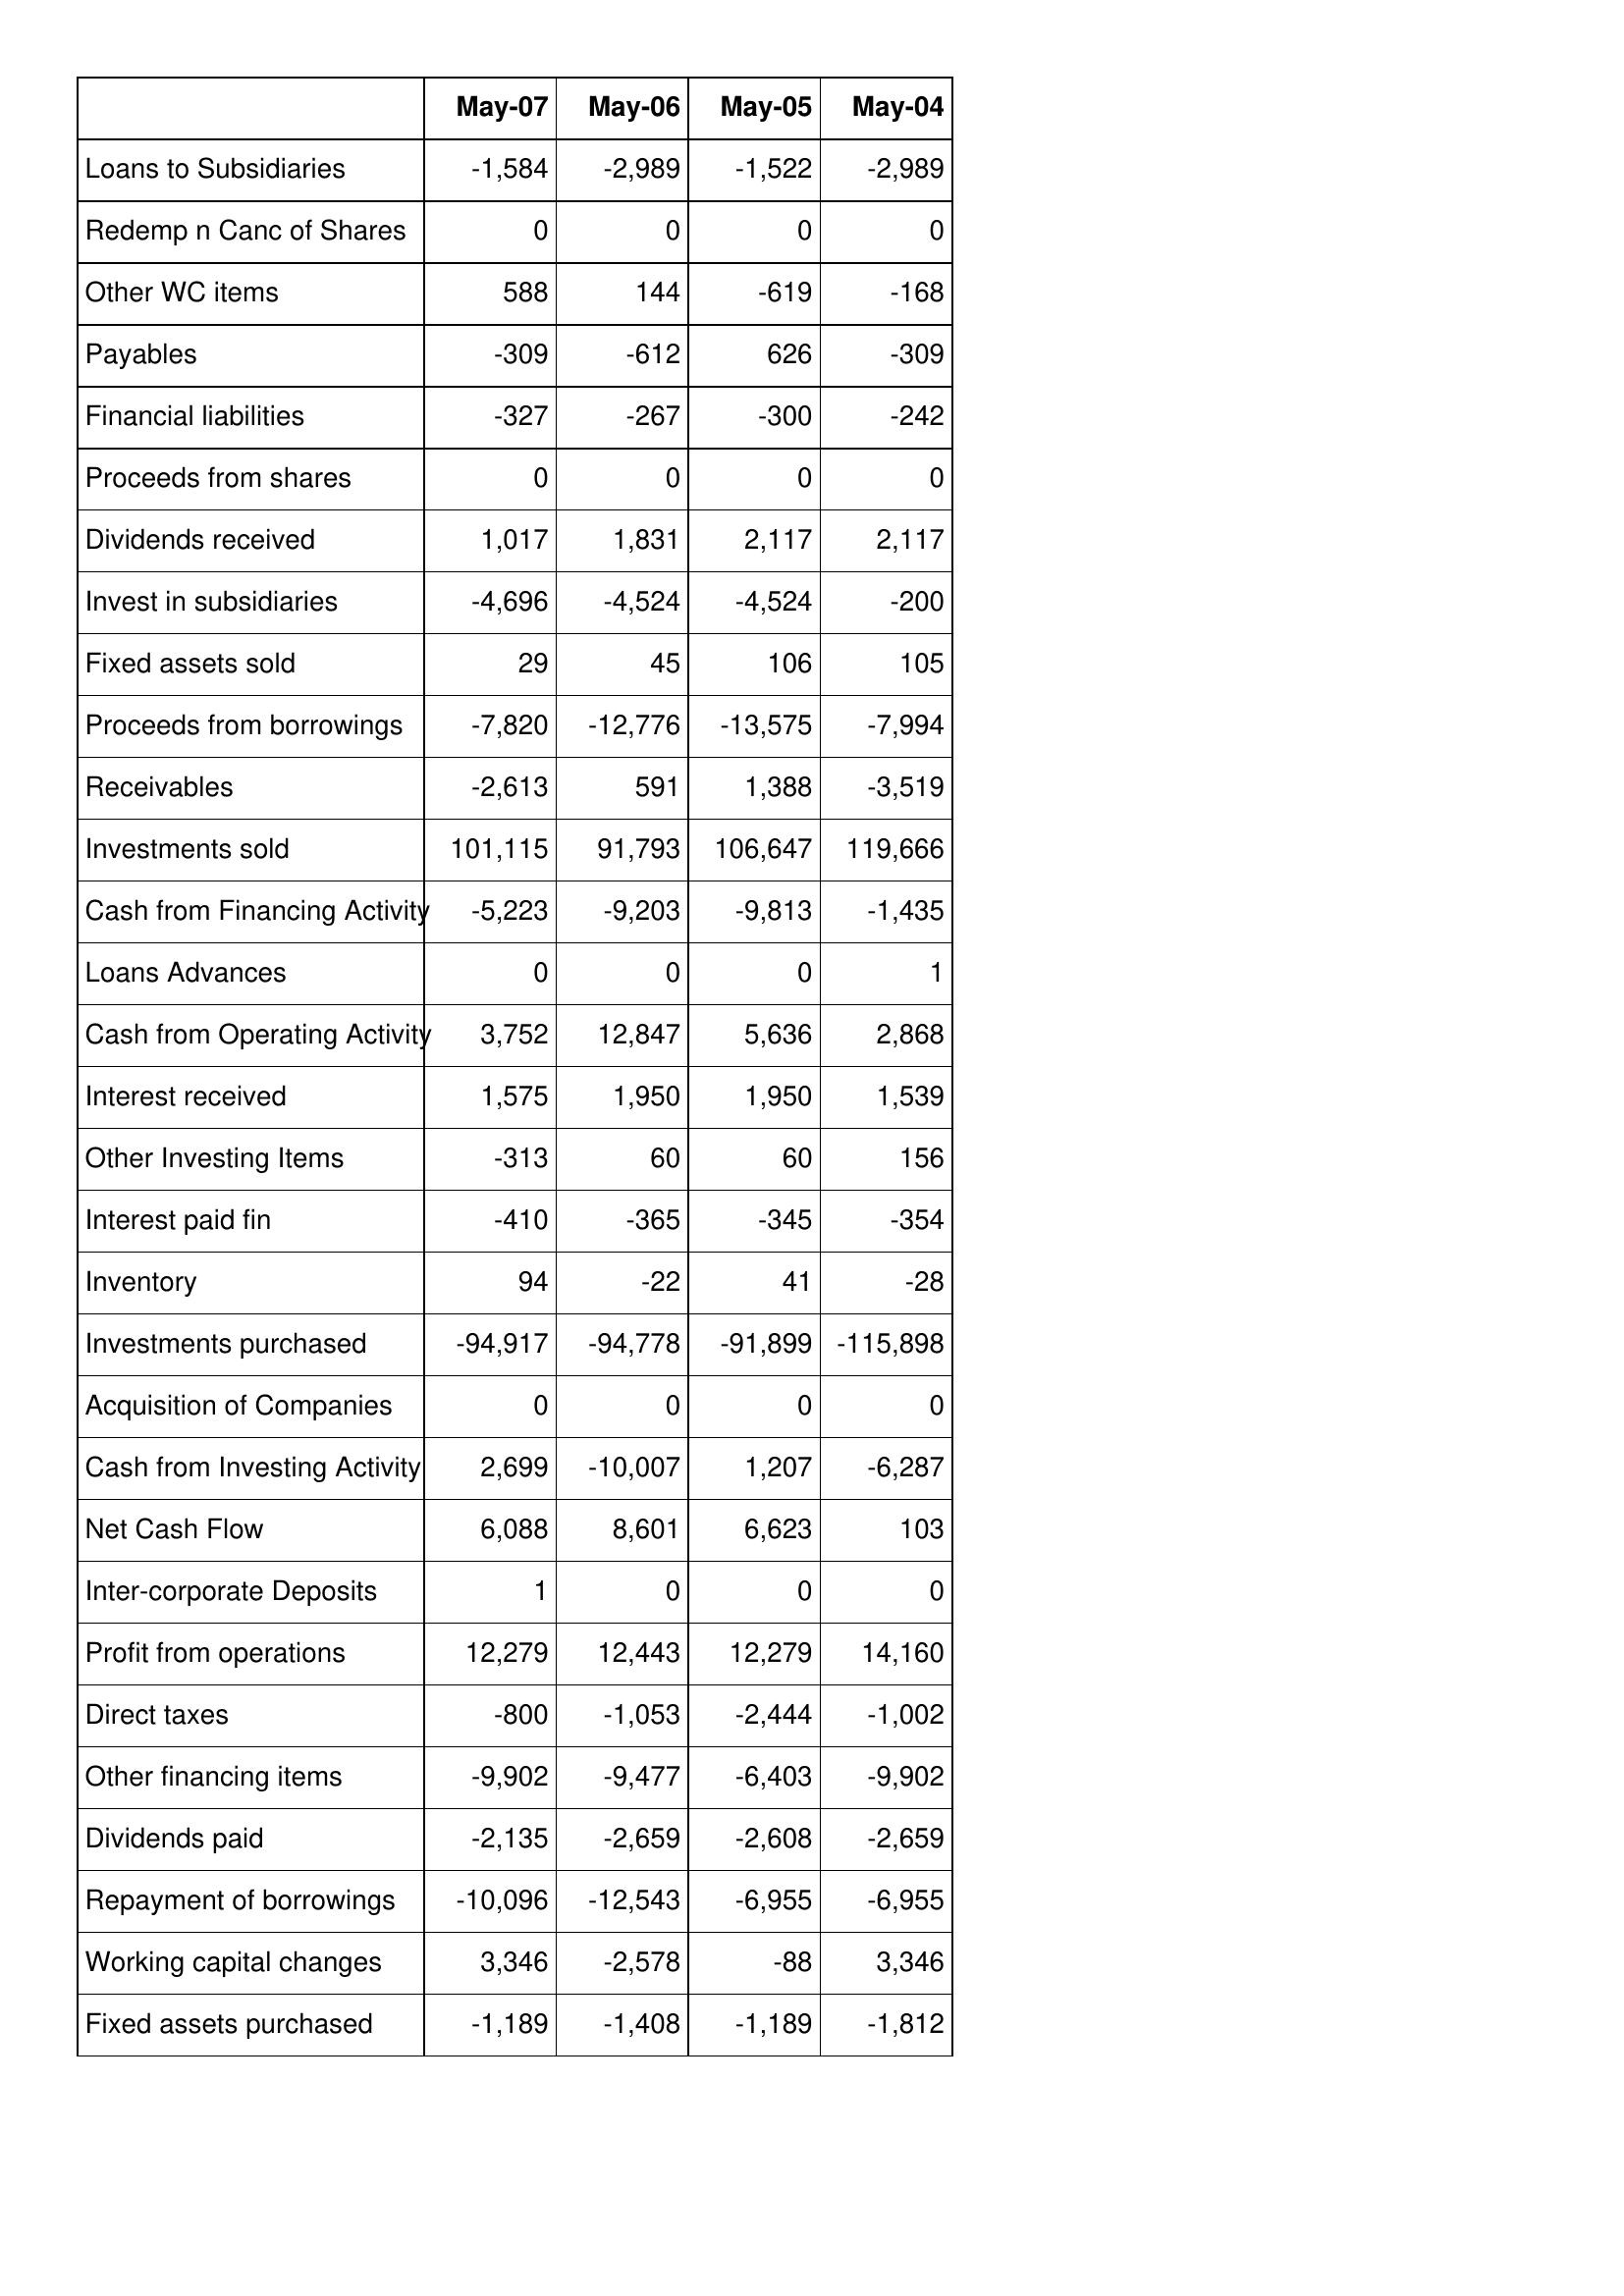
May-07: Cash Flows: Loans to Subsidiaries: -1,584
Redemp n Canc of Shares: 0
Other WC items: 588
Payables: -309
Financial liabilities: -327
Proceeds from shares: 0
Dividends received: 1,017
Invest in subsidiaries: -4,696
Fixed assets sold: 29
Proceeds from borrowings: -7,820
Receivables: -2,613
Investments sold: 101,115
Cash from Financing Activity: -5,223
Loans Advances: 0
Cash from Operating Activity: 3,752
Interest received: 1,575
Other Investing Items: -313
Interest paid fin: -410
Inventory: 94
Investments purchased: -94,917
Acquisition of Companies: 0
Cash from Investing Activity: 2,699
Net Cash Flow: 6,088
Inter-corporate Deposits: 1
Profit from operations: 12,279
Direct taxes: -800
Other financing items: -9,902
Dividends paid: -2,135
Repayment of borrowings: -10,096
Working capital changes: 3,346
Fixed assets purchased: -1,189
May-06: Cash Flows: Loans to Subsidiaries: -2,989
Redemp n Canc of Shares: 0
Other WC items: 144
Payables: -612
Financial liabilities: -267
Proceeds from shares: 0
Dividends received: 1,831
Invest in subsidiaries: -4,524
Fixed assets sold: 45
Proceeds from borrowings: -12,776
Receivables: 591
Investments sold: 91,793
Cash from Financing Activity: -9,203
Loans Advances: 0
Cash from Operating Activity: 12,847
Interest received: 1,950
Other Investing Items: 60
Interest paid fin: -365
Inventory: -22
Investments purchased: -94,778
Acquisition of Companies: 0
Cash from Investing Activity: -10,007
Net Cash Flow: 8,601
Inter-corporate Deposits: 0
Profit from operations: 12,443
Direct taxes: -1,053
Other financing items: -9,477
Dividends paid: -2,659
Repayment of borrowings: -12,543
Working capital changes: -2,578
Fixed assets purchased: -1,408
May-05: Cash Flows: Loans to Subsidiaries: -1,522
Redemp n Canc of Shares: 0
Other WC items: -619
Payables: 626
Financial liabilities: -300
Proceeds from shares: 0
Dividends received: 2,117
Invest in subsidiaries: -4,524
Fixed assets sold: 106
Proceeds from borrowings: -13,575
Receivables: 1,388
Investments sold: 106,647
Cash from Financing Activity: -9,813
Loans Advances: 0
Cash from Operating Activity: 5,636
Interest received: 1,950
Other Investing Items: 60
Interest paid fin: -345
Inventory: 41
Investments purchased: -91,899
Acquisition of Companies: 0
Cash from Investing Activity: 1,207
Net Cash Flow: 6,623
Inter-corporate Deposits: 0
Profit from operations: 12,279
Direct taxes: -2,444
Other financing items: -6,403
Dividends paid: -2,608
Repayment of borrowings: -6,955
Working capital changes: -88
Fixed assets purchased: -1,189
May-04: Cash Flows: Loans to Subsidiaries: -2,989
Redemp n Canc of Shares: 0
Other WC items: -168
Payables: -309
Financial liabilities: -242
Proceeds from shares: 0
Dividends received: 2,117
Invest in subsidiaries: -200
Fixed assets sold: 105
Proceeds from borrowings: -7,994
Receivables: -3,519
Investments sold: 119,666
Cash from Financing Activity: -1,435
Loans Advances: 1
Cash from Operating Activity: 2,868
Interest received: 1,539
Other Investing Items: 156
Interest paid fin: -354
Inventory: -28
Investments purchased: -115,898
Acquisition of Companies: 0
Cash from Investing Activity: -6,287
Net Cash Flow: 103
Inter-corporate Deposits: 0
Profit from operations: 14,160
Direct taxes: -1,002
Other financing items: -9,902
Dividends paid: -2,659
Repayment of borrowings: -6,955
Working capital changes: 3,346
Fixed assets purchased: -1,812